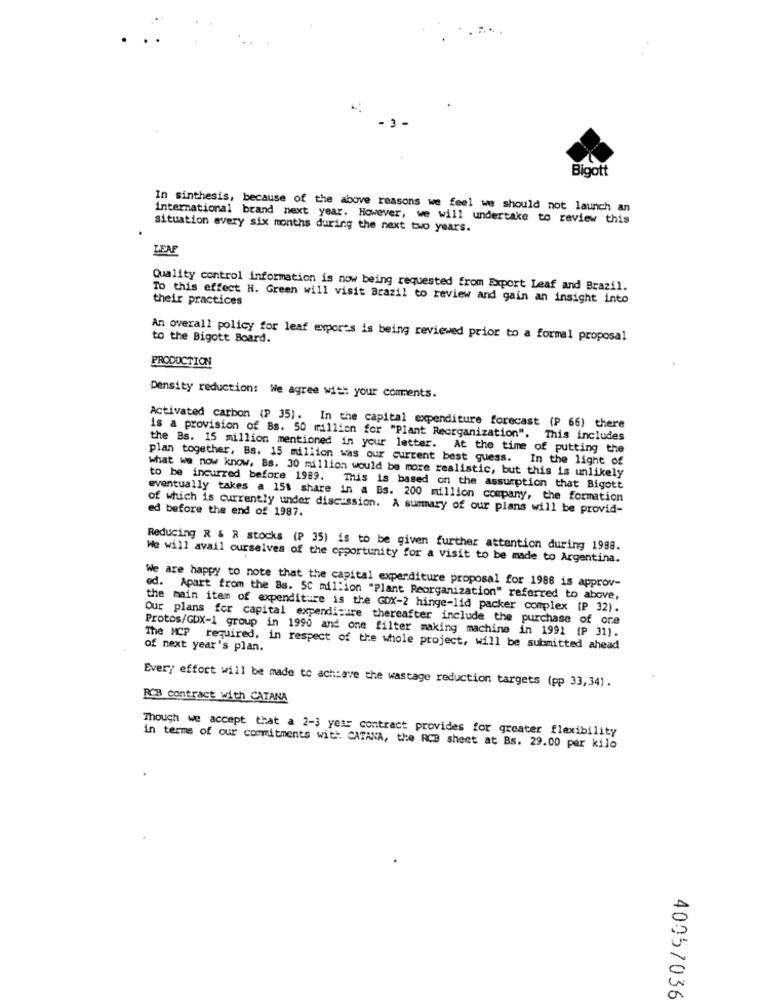
Bigott
In sinthesis, because of the above reasons we feel we should not launch an
international brand next year. However, we will undertake to review this
situation every six months during the next two years.
LEAF
Quality control information is now being requested from Export Leaf and Brazil.
their practices
To this effect H. Green will visit Brazil to review and gain an insight into
An overall policy for leaf exports is being reviewed prior to a formal proposal
to the Bigott Board.
PRODUCTION
Density reduction: We agree with your comments.
Activated carbon (P 35). In the capital expenditure forecast (P 66) there
is a provision of Bs. 50 million for "Plant Reorganization". This includes
the Bs. 15 million mentioned in your letter. At the time of putting the
plan together, Bs. 15 million was our current best guess. In the light of
what we now know, Bs. 30 million would be more realistic, but this is unlikely
to be incurred before 1989.
This is based on the assumption that Bigott
eventually takes a 151 share in a Bs. 200 million company, the formation
of which is currently under discussion. A summary of our plans will be provid-
ed before the end of 1987.
Reducing R & R stocks (P 35) is to be given further attention during 1998.
We will avail ourselves of the opportunity for a visit to be made to Argentina.
We are happy to note that the capital expenditure proposal for 1988 is approv-
od. Apart from the Bs. 50 million "Plant Reorganization" referred to above,
the main item of expenditure is the GOX-2 hinge-lid packer complex (P 32).
Our plans for capital expenditure thereafter include the purchase of one
Protos/GDX-1 group in 1990 and one filter making machine in 1991 (P 31).
The MCP required, in respect of the whole project, will be submitted ahead
of next year's plan.
Every effort will be made to ach:ave the wastage reduction targets (pp 33,34).
RCB contract with CATANA
Though we accept that a 2-3 year contract provides for greater flexibility
in terms of our commitments with. CATANA, the RCB sheet at Bs. 29.00 per kilo
40057036